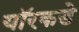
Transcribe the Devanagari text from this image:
यॉरकडे